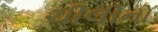
ચીલીનો